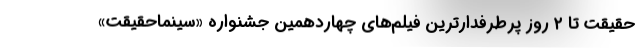
حقیقت تا ۲ روز پرطرفدارترین فیلم‌های چهاردهمین جشنواره «سینماحقیقت»